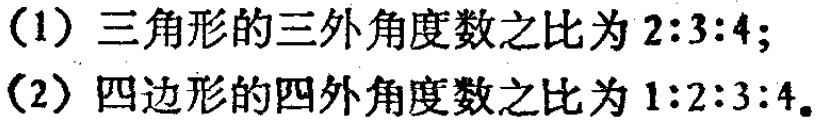
(1) 三角形的三外角度数之比为 \(2:3:4\)；
(2) 四边形的四外角度数之比为 \(1:2:3:4\)。